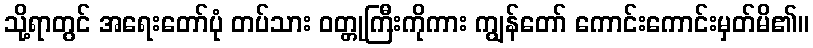
သို့ရာတွင် အရေးတော်ပုံ တပ်သား ဝတ္တုကြီးကိုကား ကျွန်တော် ကောင်းကောင်းမှတ်မိ၏။